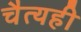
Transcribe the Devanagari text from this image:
चैत्यही